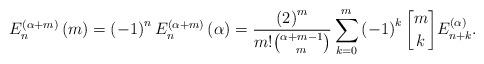
LaTeX: \begin{align*}E_{n}^{\left( \alpha+m\right) }\left( m\right) =\left( -1\right)^{n}E_{n}^{\left( \alpha+m\right) }\left( \alpha\right) =\frac{\left(2\right) ^{m}}{m!\binom{\alpha+m-1}{m}}\sum_{k=0}^{m}\left( -1\right) ^{k}\genfrac{[}{]}{0pt}{}{m}{k}E_{n+k}^{\left( \alpha\right) }. \end{align*}